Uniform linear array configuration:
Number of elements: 8
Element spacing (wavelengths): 0.25
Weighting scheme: exponential
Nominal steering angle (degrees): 60
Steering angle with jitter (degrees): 59.49
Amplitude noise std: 0.05
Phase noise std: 0.05

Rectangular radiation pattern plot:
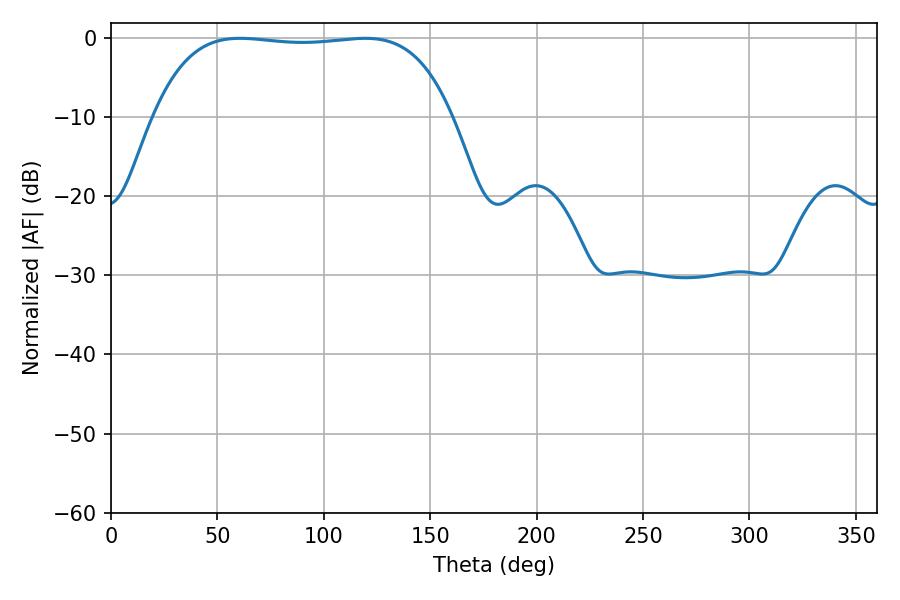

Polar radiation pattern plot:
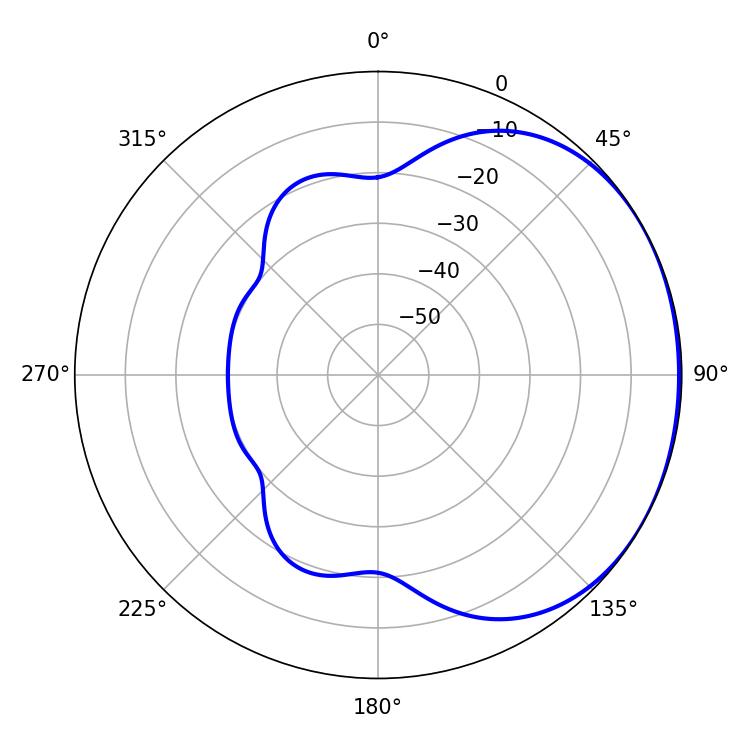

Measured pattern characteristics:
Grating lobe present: FALSE
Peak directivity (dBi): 1.091
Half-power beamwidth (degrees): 110.52
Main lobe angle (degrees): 60.66